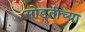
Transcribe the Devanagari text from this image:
सोडतीच्या